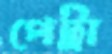
পেট্রা